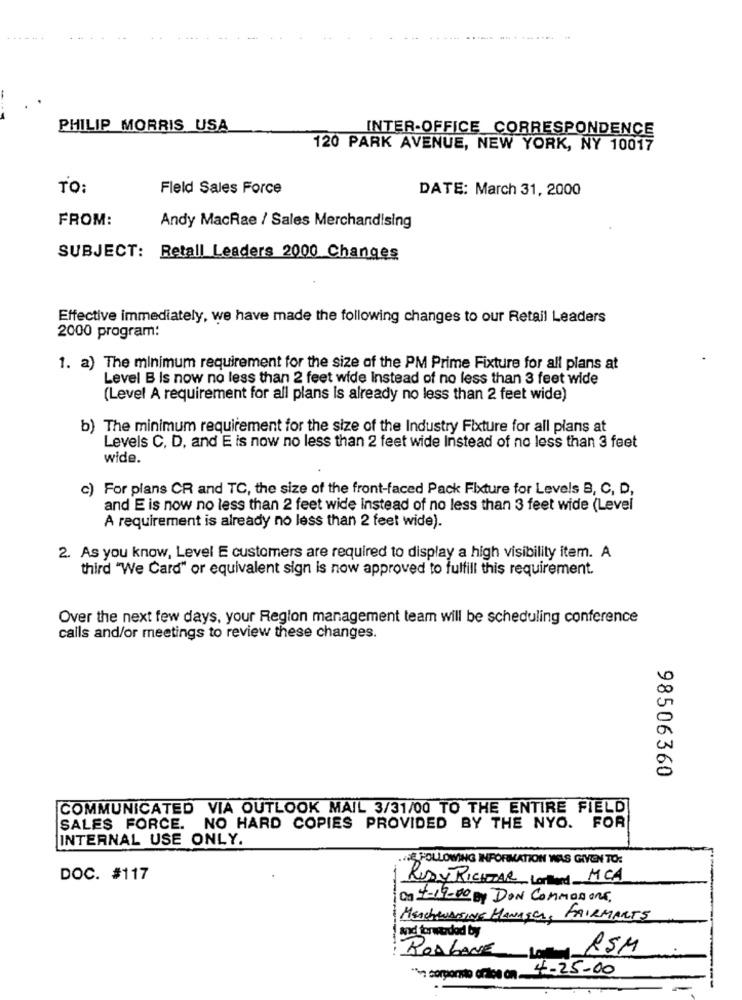
PHILIP MORRIS USA
INTER-OFFICE CORRESPONDENCE
120 PARK AVENUE, NEW YORK, NY 10017
TO:
Fleld Sales Force
DATE: March 31, 2000
FROM:
Andy MacRae / Sales Merchandising
SUBJECT: Retall Leaders 2000 Changes
Effective immediately, we have made the following changes to our Retail Leaders
2000 program:
1. a) The minimum requirement for the size of the PM Prime Fixture for all plans at
Level B Is now no less than 2 feet wide Instead of no less than 3 feet wide
(Level A requirement for all plans Is already no less than 2 feet wide)
b) The minimum requirement for the size of the Industry Fixture for all plans at
Levels C, D, and E is now no less than 2 feet wide Instead of no less than 3 feet
wide.
c) For plans CR and TC, the size of the front-faced Pack Fixture for Levels B, C, D,
and E is now no less than 2 feet wide instead of no less than 3 feet wide (Level
A requirement is already no less than 2 feet wide).
2. As you know, Level E customers are required to display a high visibility item. A
third "We Card" or equivalent sign is now approved to fulfill this requirement.
Over the next few days, your Region management team will be scheduling conference
calls and/or meetings to review these changes.
98506360
COMMUNICATED VIA OUTLOOK MAIL 3/31/00 TO THE ENTIRE FIELD
SALES FORCE. NO HARD COPIES PROVIDED BY THE NYO. FOR
INTERNAL USE ONLY.
E FOLLOWING INFORMATION WELS GIVEN TO:
DOC. #117
RUDY RICHTAR Loriend MCA
On 4-19-00 BY DON COMMODORE.
MEACHWASSING HANASCI, FAIRMARTS
and forwardod by
ROALANE
RSM
** corporate office on 4-25-00